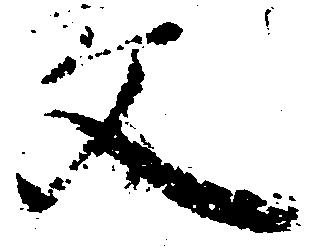
父